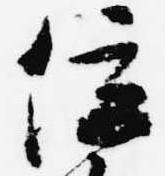
位